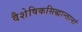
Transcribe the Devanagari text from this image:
वैशेषिकसिद्धान्तानां